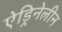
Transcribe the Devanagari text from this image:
ऐड्रिनेलीन